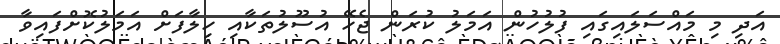
އަދި މި މައްސަލައިގައި ފުލުހުން އަމަލު ކުރަން ޖެހޭ އުސޫލުތަކާއި ހިލާފަށް އަމަލުކޮށްފައިވާ